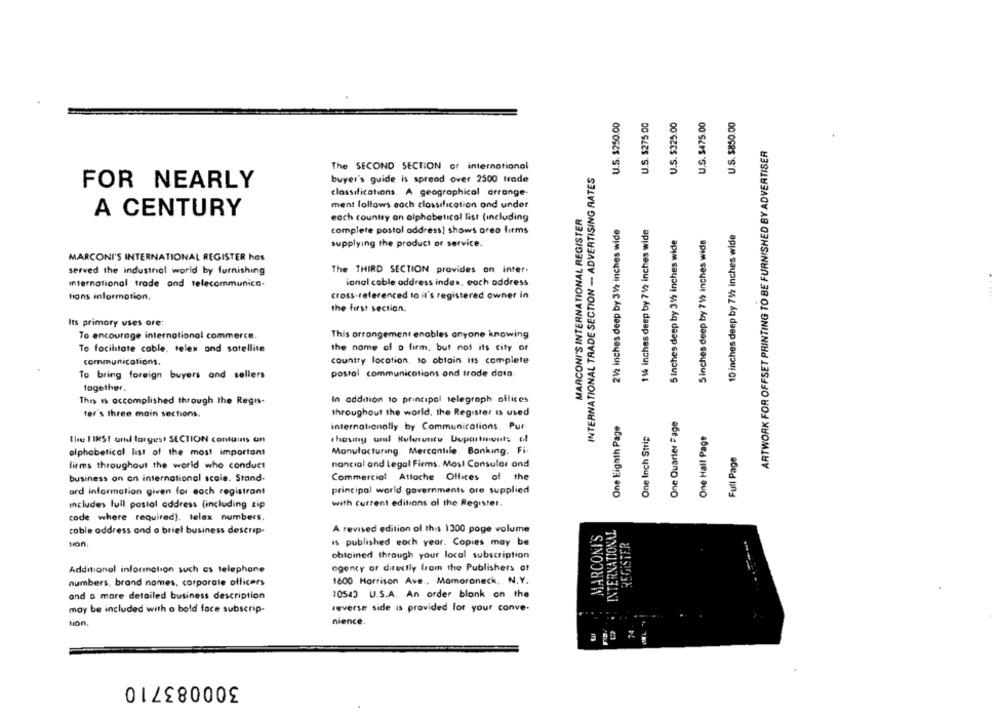
U.S. $275.00
U.S. $325.00
U.S. $475.00
U.S. $850.00
U.S. $250.00
ARTWORK FOR OFFSET PRINTING TO BE FURNISHED BY ADVERTISER
The SECOND SECTION or international
INTERNATIONAL TRADE SECTION - ADVERTISING RATES
buyer's guide is spread over 2500 trade
FOR NEARLY
classifications. A geographical arrange.
ment follows each classification ond undor
A CENTURY
MARCONI'S INTERNATIONAL REGISTER
each country an alphabetical list (including
21/2 inches deep by 31/2 inches wide
146 inches deep by 712 Inches wide
complete postal address) shows areo firms
10 inches deep by 71/2 inches wide
5 inches deep by 31%2 inches wide
5inches deep by 712 inches wide
supplying the product or service.
MARCONI'S INTERNATIONAL REGISTER hos
served the industrial world by furnishing
The THIRD SECTION provides an inter.
International trade and telecommunica-
ional cable address index, each address
cross-referenced to it's registered owner in
tions information.
the first section.
Its primary uses ore:
To encourage international commerce.
This orrangement enables anyone knowing
To facilitate cable, telex and satellite
the name of o firm, but not ils city of
communications.
country location, 10 obtain its complete
To bring foreign buyers and sellers
postal communications ond trode data
together.
This es accomplished through the Regis-
In addition to principal telegraph offices
ter's three main sections.
throughout the world, the Register is used
One Quarter Fage
One Eighth Page
internationally by Communications. Put.
One Inch Strip
One Hall Page
the 1 1RSt and largess SECTION contains un
chasing aml Rulesuntu Dupastinents ol
alphabetical list of the most important
Manufacturing. Mercantile. Banking. Fi.
Full Page
firms throughout the world who conduct
nancial and Legal Firms. Most Consulor ond
business on an international scale. Stand-
Commercial Attache Offices of the
ard information given for eoch registrant
principal world governments ore supplied
with current editions al the Register.
includes lull postal address (including zip
code where required). telex numbers.
INTERNATIONAL
cable address and a briel business descrip-
A revised edition of this 1300 poge volume
MARCONI'S
REGISTER
tion
is published eoch year. Copies may be
obtained through your local subscription
ogency or directly from the Publishers of
Additional information such as telephone
numbers, brand names, corporate officers
1600 Harrison Ave ., Mamaroneck, N.Y.
and a more detailed business description
10543 U.S.A. An order blonk on the
may be included with a bold face subscrip-
reverse side is provided for your conve-
tion
nience
141
300083710